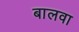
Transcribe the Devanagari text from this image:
बालवा